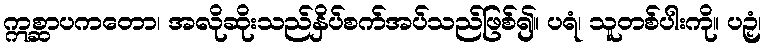
ဣစ္ဆာပကတော၊ အလိုဆိုးသည်နှိပ်စက်အပ်သည်ဖြစ်၍။ ပရံ၊ သူတစ်ပါးကို။ ပဉှံ၊